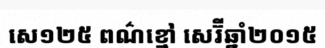
សេ១២៥ ពណ៌ខ្មៅ សេរ៊ីឆ្នាំ២០១៥